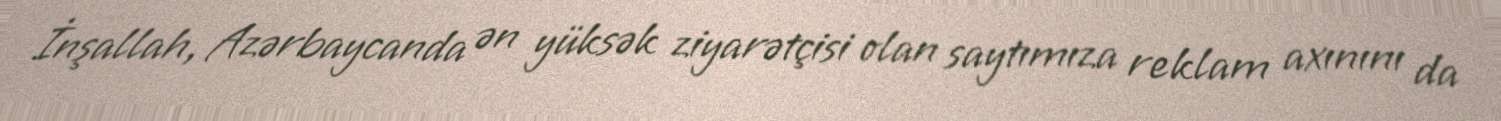
İnşallah, Azərbaycanda ən yüksək ziyarətçisi olan saytımıza reklam axınını da